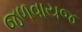
જળવાયજ